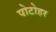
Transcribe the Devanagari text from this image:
पोटोहर